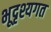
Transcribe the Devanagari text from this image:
भूदृश्यगत